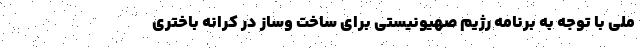
ملی با توجه به برنامه رژیم صهیونیستی برای ساخت وساز در کرانه باختری